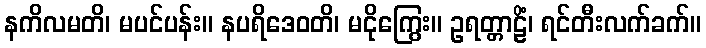
နကိလမတိ၊ မပင်ပန်း။ နပရိဒေဝတိ၊ မငိုကြွေး။ ဥရတ္တာဠိံ၊ ရင်တီးလက်ခက်။